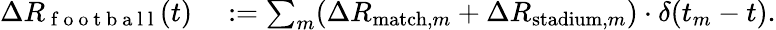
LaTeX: \begin{array}{rl}{\Delta R_{\mathrm{~f~o~o~t~b~a~l~l~}}(t)}&{{}:=\sum_{m}(\Delta R_{\mathrm{match},m}+\Delta R_{\mathrm{stadium},m})\cdot\delta(t_{m}-t).}\end{array}